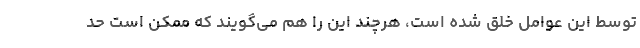
توسط این عوامل خلق شده است، هرچند این را هم می‌گویند که ممکن است حد